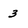
Character: 3